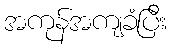
အကုန်အကျခံပြီး